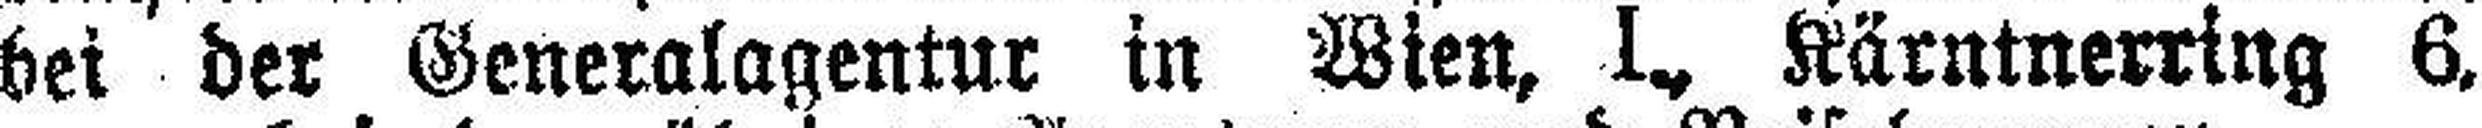
bei der Generalagentur in Wien, I., Kärntnerring 6,